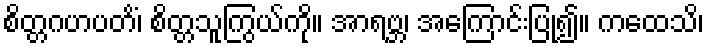
စိတ္တဂဟပတိံ၊ စိတ္တသူကြွယ်ကို။ အာရဗ္ဘ၊ အကြောင်းပြု၍။ ကထေသိ၊